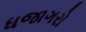
ધજાગરો